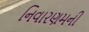
નિવારણમની